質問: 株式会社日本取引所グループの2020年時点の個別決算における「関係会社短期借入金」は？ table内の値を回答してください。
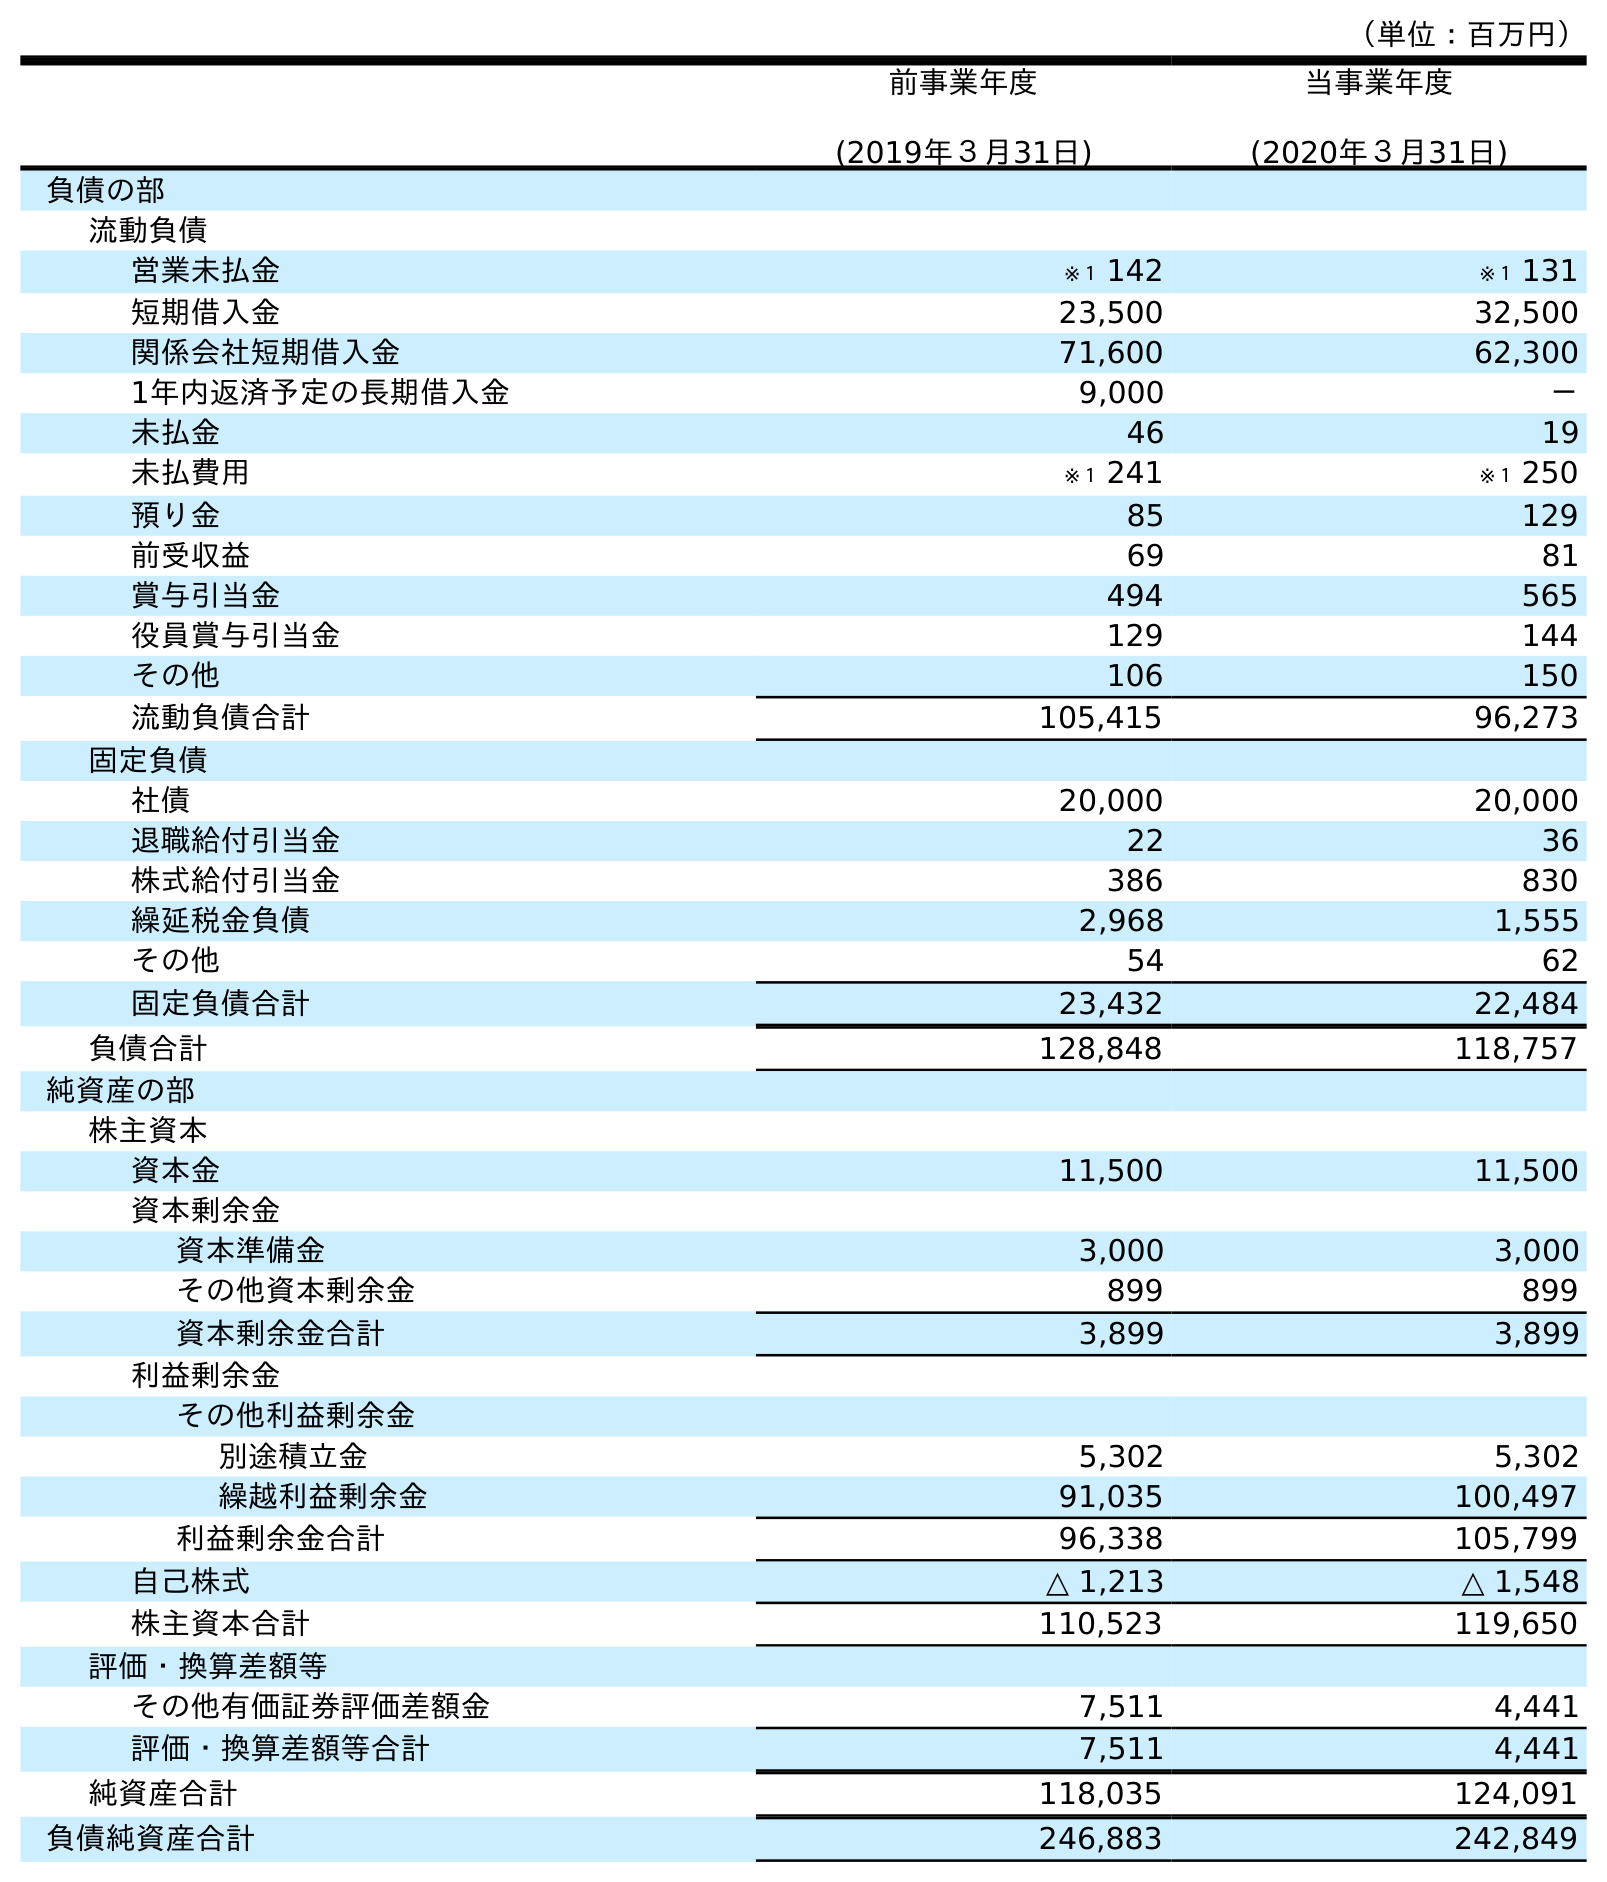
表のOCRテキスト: （単位：百万円） 前事業年度 (2019年３月31日) 当事業年度 (2020年３月31日) 負債の部 流動負債 営業未払金 ※１ 142 ※１ 131 短期借入金 23,500 32,500 関係会社短期借入金 71,600 62,300 1年内返済予定の長期借入金 9,000 － 未払金 46 19 未払費用 ※１ 241 ※１ 250 預り金 85 129 前受収益 69 81 賞与引当金 494 565 役員賞与引当金 129 144 その他 106 150 流動負債合計 105,415 96,273 固定負債 社債 20,000 20,000 退職給付引当金 22 36 株式給付引当金 386 830 繰延税金負債 2,968 1,555 その他 54 62 固定負債合計 23,432 22,484 負債合計 128,848 118,757 純資産の部 株主資本 資本金 11,500 11,500 資本剰余金 資本準備金 3,000 3,000 その他資本剰余金 899 899 資本剰余金合計 3,899 3,899 利益剰余金 その他利益剰余金 別途積立金 5,302 5,302 繰越利益剰余金 91,035 100,497 利益剰余金合計 96,338 105,799 自己株式 △ 1,213 △ 1,548 株主資本合計 110,523 119,650 評価・換算差額等 その他有価証券評価差額金 7,511 4,441 評価・換算差額等合計 7,511 4,441 純資産合計 118,035 124,091 負債純資産合計 246,883 242,849
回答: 62,300